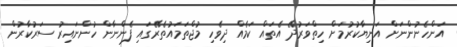
އަންހެނުންނަށް އަނިޔާކުރުމަށް ހިތްވަރުދޭ އެތައް ކަމެއް ދިވެހި މުޖްތަމައުތެރޭގައި ފެންނާން ހުންނައިރު ސަރުކާރުން